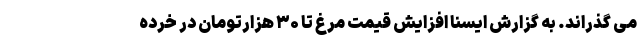
می گذراند. به گزارش ایسنا افزایش قیمت مرغ تا ۳۰ هزارتومان در خرده